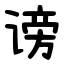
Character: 谤